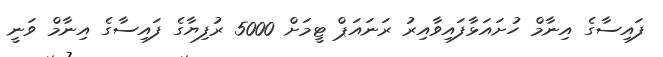
ފައިސާގެ އިނާމް ހުށައަޅާފައިވާއިރު ރަނައަޕް ޓީމަށް 5000 ރުފިޔާގެ ފައިސާގެ އިނާމް ވަނީ